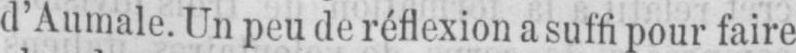
d’Aumale. Un peu de réflexion a suffi pour faire